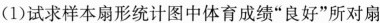
(1)试求样本扇形统计图中体育成绩”良好”所对扇